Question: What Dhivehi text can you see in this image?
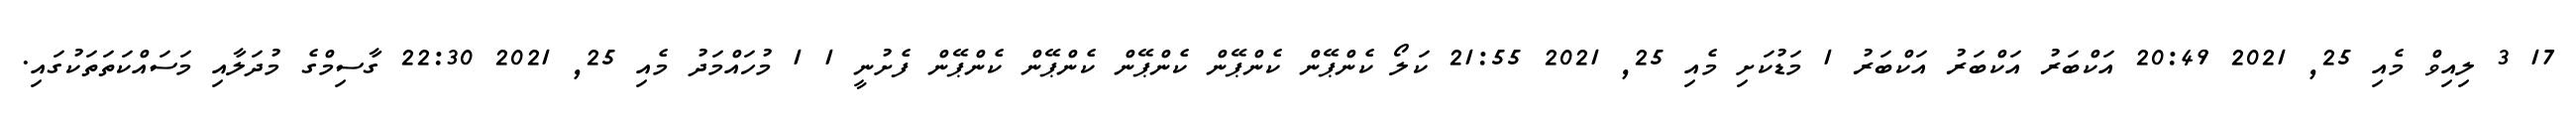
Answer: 17 3 ލިއިވް މެއި 25, 2021 20:49 އަކްބަރު އަކްބަރު އަކްބަރު 1 މަޑުކަށި މެއި 25, 2021 21:55 ކަލޯ ކެންޕޭން ކެންޕޭން ކެންޕޭން ކެންޕޭން ކެންޕޭން ފެށުނީ 1 1 މުހައްމަދު މެއި 25, 2021 22:30 ގާސިމްގެ މުދަލާއި މަސައްކަތަތަކުގައި.